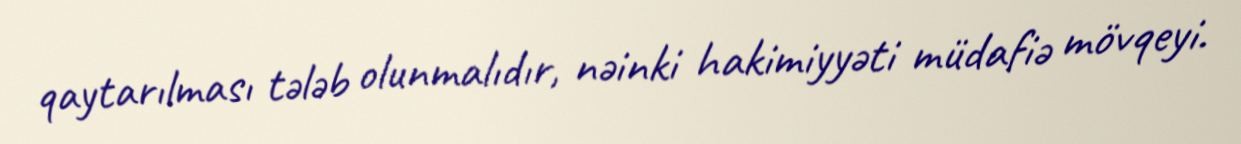
qaytarılması tələb olunmalıdır, nəinki hakimiyyəti müdafiə mövqeyi.